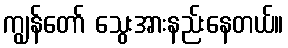
ကျွန်တော် သွေးအားနည်းနေတယ်။